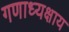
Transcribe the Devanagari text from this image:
गणाध्यक्षाय